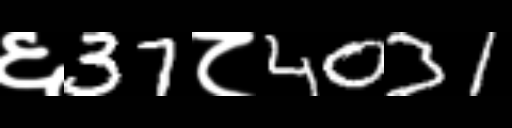
Text: ६37८4031